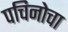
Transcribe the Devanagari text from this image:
पचिनोचा